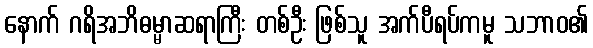
နောက် ဂရိအဘိဓမ္မာဆရာကြီး တစ်ဦး ဖြစ်သူ အက်ပီရပ်ကမူ သဘာဝ၏